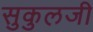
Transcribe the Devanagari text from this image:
सुकुलजी